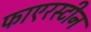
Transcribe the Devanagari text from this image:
फाएरस्टीन